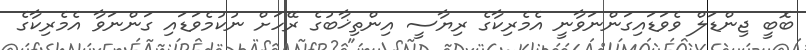
ބޮބީ ޖިންޑަލް ވެވަޑައިގަންނަވާނީ އެމެރިކާގެ ރިޔާސީ އިންތިޚާބުގެ ރޭހަށް ނުކުމެވަޑައި ގަންނަވާ އެމެރިކާގެ